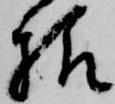
様